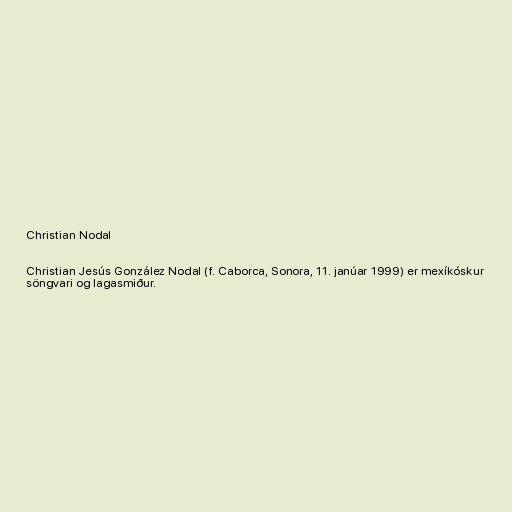
Christian Nodal

Christian Jesús González Nodal (f. Caborca, Sonora, 11. janúar 1999) er mexíkóskur
söngvari og lagasmiður.